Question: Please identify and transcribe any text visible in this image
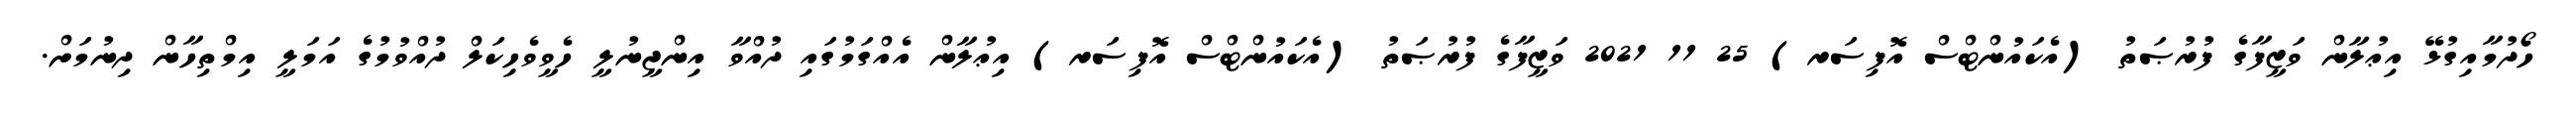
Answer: ހޯދުމާއިގުޅޭ އިޢުލާން ވަޒީފާގެ ފުރުޞަތު (އެކައުންޓްސް އޮފިސަރ) 25 11 2021 ވަޒީފާގެ ފުރުޞަތު (އެކައުންޓްސް އޮފިސަރ) އިޢުލާން އެއްގަމުގައި ދުއްވާ އިންޖީނުލީ ހެވީވެހިކަލް ދުއްވުމުގެ އަމަލީ އިމްތިހާން ދިނުމަށް.